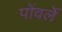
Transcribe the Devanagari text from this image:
पोंवर्ले